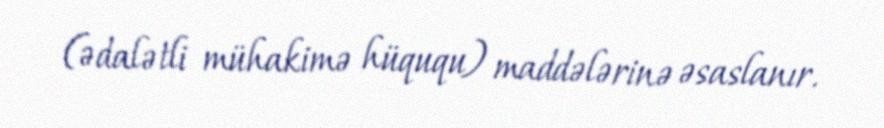
(ədalətli mühakimə hüququ) maddələrinə əsaslanır.